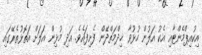
އިކުއިޕްމެންޓާއި އެކު އަލުން ހުޅުވާ ޚިދްމަތްދޭން ފެށިފައެވެ. އަދި މުޅިން އަލަށް އަތޮޅުތެރޭގައި